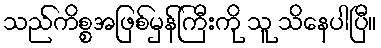
သည်ကိစ္စအဖြစ်မှန်ကြီးကို သူ သိနေပါပြီ။